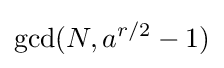
\gcd(N,a^{r/2}-1)